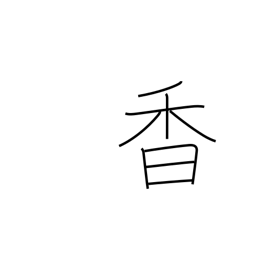
Meaning: smell